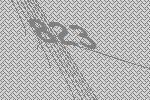
823